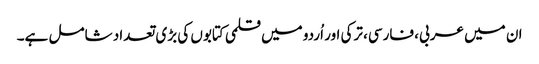
ان میں عربی، فارسی، ترکی اور اُردو میں قلمی کتابوں کی بڑی تعداد شامل ہے۔